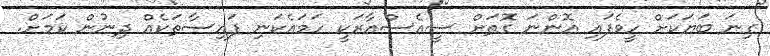
ގިނަ ބަޔަކަށް ހީވެފައި އޮންނަ ގޮތަށް ސީއެސްއާރަކީ ހަމައެކަނި ފައިސާތަކެއް ދިނުން ކަމަށް.